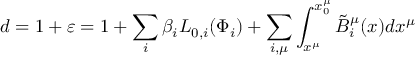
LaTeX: d = 1 + \varepsilon = 1 + \sum _ { i } { \beta _ { i } L _ { 0 , i } ( \Phi _ { i } ) } + \sum _ { i , \mu } { \int _ { x ^ { \mu } } ^ { x _ { 0 } ^ { \mu } } { \tilde { B } _ { i } ^ { \mu } ( x ) d x ^ { \mu } } }